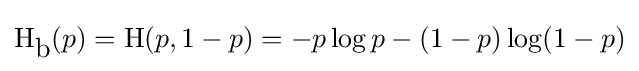
\mathrm {H} _{\mbox{b}}(p)=\mathrm {H} (p,1-p)=-p\log p-(1-p)\log(1-p)